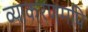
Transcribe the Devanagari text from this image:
व्याकरणमपि